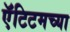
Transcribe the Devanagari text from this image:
ऍंटिटमच्या